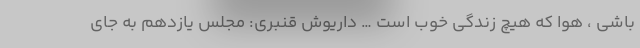
باشی ، هوا که هیچ زندگی خوب است … داريوش قنبرى: مجلس یازدهم به جای